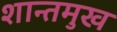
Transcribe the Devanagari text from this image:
शान्तमुख